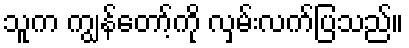
သူက ကျွန်တော့်ကို လှမ်းလက်ပြသည်။